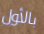
بالأول